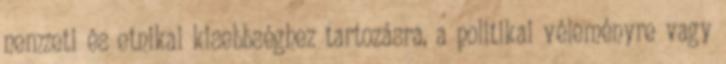
nemzeti és etnikai kisebbséghez tartozásra, a politikai véleményre vagy